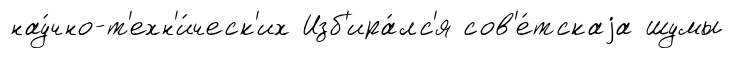
нау́чно-т'ехн'и́ческ'их Изб'ира́лс'я сов'е́тскаjа шумы